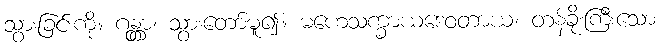
သွားခြင်းကို။ ဂန္တွာ၊ သွားတော်မူ၍။ မဟေသက္ခာယဒေဝတာယ၊ တန်ခိုးကြီးသော